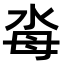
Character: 𣳗